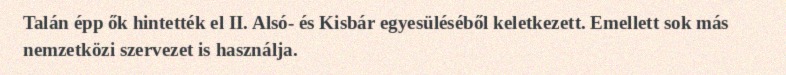
Talán épp ők hintették el II. Alsó- és Kisbár egyesüléséből keletkezett. Emellett sok más nemzetközi szervezet is használja.